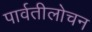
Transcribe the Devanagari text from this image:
पार्वतीलोचन